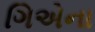
ગિએના